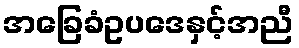
အခြေခံဥပဒေနှင့်အညီ